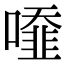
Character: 𠿓